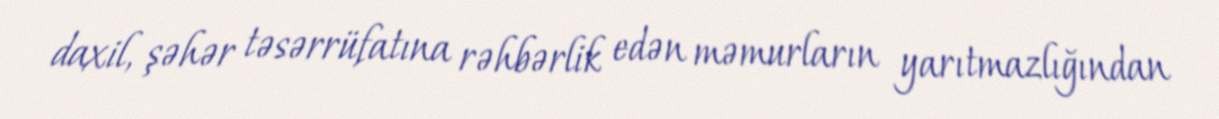
daxil, şəhər təsərrüfatına rəhbərlik edən məmurların yarıtmazlığından